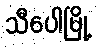
သီပေါမြို့